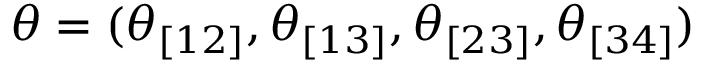
\theta = ( \theta _ { [ 1 2 ] } , \theta _ { [ 1 3 ] } , \theta _ { [ 2 3 ] } , \theta _ { [ 3 4 ] } )